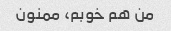
من هم خوبم، ممنون